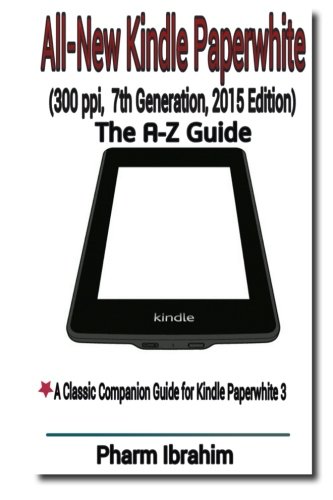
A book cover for All-New Kindle Paperwhite (300 ppi, 7th Generation, 2015 Edition): The A-Z Guide; Pharm Ibrahim; Computers & Technology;